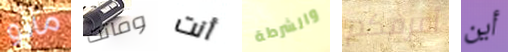
مانو وماتت أنت والشرطة أعرفكم أين